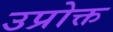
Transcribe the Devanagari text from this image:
उप्रोक्त